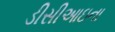
ડીસીઆઇના